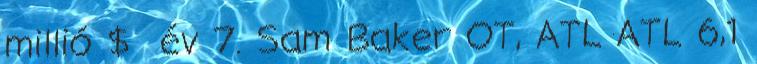
millió $ év 7. Sam Baker OT, ATL ATL 6,1